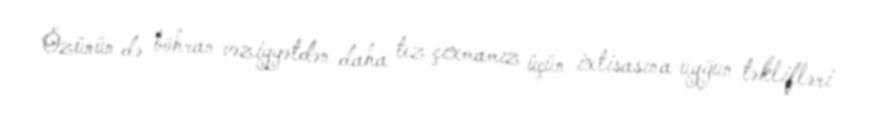
Özünün də böhran vəziyyətdən daha tez çıxmamız üçün ixtisasına uyğun təklifləri